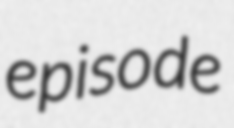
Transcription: episode